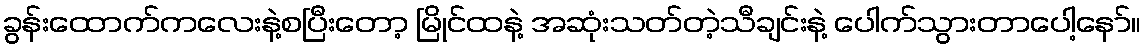
ခွန်းထောက်ကလေးနဲ့စပြီးတော့ မြိုင်ထနဲ့ အဆုံးသတ်တဲ့သီချင်းနဲ့ ပေါက်သွားတာပေါ့နော်။